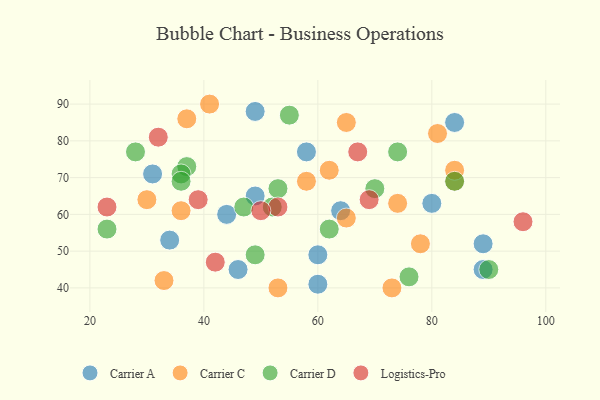
{"axis": {"x": "GDP", "y": "Life Expectancy"}, "legend": ["Carrier A", "Carrier C", "Carrier D", "Logistics-Pro"], "data": [{"x": "49", "y": 88, "type": "Carrier A"}, {"x": "84", "y": 85, "type": "Carrier A"}, {"x": "58", "y": 77, "type": "Carrier A"}, {"x": "64", "y": 61, "type": "Carrier A"}, {"x": "46", "y": 45, "type": "Carrier A"}, {"x": "60", "y": 41, "type": "Carrier A"}, {"x": "89", "y": 52, "type": "Carrier A"}, {"x": "31", "y": 71, "type": "Carrier A"}, {"x": "80", "y": 63, "type": "Carrier A"}, {"x": "44", "y": 60, "type": "Carrier A"}, {"x": "34", "y": 53, "type": "Carrier A"}, {"x": "89", "y": 45, "type": "Carrier A"}, {"x": "60", "y": 49, "type": "Carrier A"}, {"x": "49", "y": 65, "type": "Carrier A"}, {"x": "58", "y": 69, "type": "Carrier C"}, {"x": "53", "y": 40, "type": "Carrier C"}, {"x": "78", "y": 52, "type": "Carrier C"}, {"x": "33", "y": 42, "type": "Carrier C"}, {"x": "30", "y": 64, "type": "Carrier C"}, {"x": "37", "y": 86, "type": "Carrier C"}, {"x": "65", "y": 85, "type": "Carrier C"}, {"x": "84", "y": 69, "type": "Carrier C"}, {"x": "36", "y": 61, "type": "Carrier C"}, {"x": "62", "y": 72, "type": "Carrier C"}, {"x": "74", "y": 63, "type": "Carrier C"}, {"x": "65", "y": 59, "type": "Carrier C"}, {"x": "73", "y": 40, "type": "Carrier C"}, {"x": "41", "y": 90, "type": "Carrier C"}, {"x": "84", "y": 72, "type": "Carrier C"}, {"x": "81", "y": 82, "type": "Carrier C"}, {"x": "70", "y": 67, "type": "Carrier D"}, {"x": "84", "y": 69, "type": "Carrier D"}, {"x": "76", "y": 43, "type": "Carrier D"}, {"x": "52", "y": 62, "type": "Carrier D"}, {"x": "74", "y": 77, "type": "Carrier D"}, {"x": "47", "y": 62, "type": "Carrier D"}, {"x": "90", "y": 45, "type": "Carrier D"}, {"x": "37", "y": 73, "type": "Carrier D"}, {"x": "49", "y": 49, "type": "Carrier D"}, {"x": "62", "y": 56, "type": "Carrier D"}, {"x": "53", "y": 67, "type": "Carrier D"}, {"x": "28", "y": 77, "type": "Carrier D"}, {"x": "23", "y": 56, "type": "Carrier D"}, {"x": "55", "y": 87, "type": "Carrier D"}, {"x": "36", "y": 71, "type": "Carrier D"}, {"x": "36", "y": 69, "type": "Carrier D"}, {"x": "69", "y": 64, "type": "Logistics-Pro"}, {"x": "53", "y": 62, "type": "Logistics-Pro"}, {"x": "32", "y": 81, "type": "Logistics-Pro"}, {"x": "67", "y": 77, "type": "Logistics-Pro"}, {"x": "39", "y": 64, "type": "Logistics-Pro"}, {"x": "50", "y": 61, "type": "Logistics-Pro"}, {"x": "42", "y": 47, "type": "Logistics-Pro"}, {"x": "23", "y": 62, "type": "Logistics-Pro"}, {"x": "96", "y": 58, "type": "Logistics-Pro"}]}